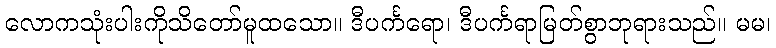
လောကသုံးပါးကိုသိတော်မူထသော။ ဒီပင်္ကရော၊ ဒီပင်္ကရာမြတ်စွာဘုရားသည်။ မမ၊